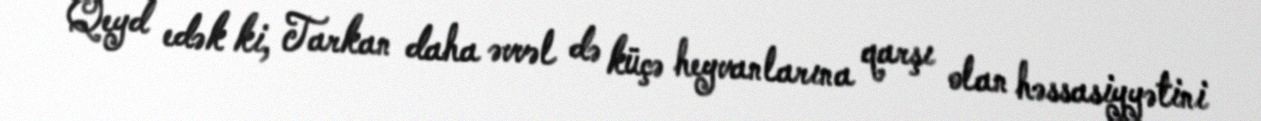
Qeyd edək ki, Tarkan daha əvvəl də küçə heyvanlarına qarşı olan həssasiyyətini